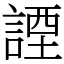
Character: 諲